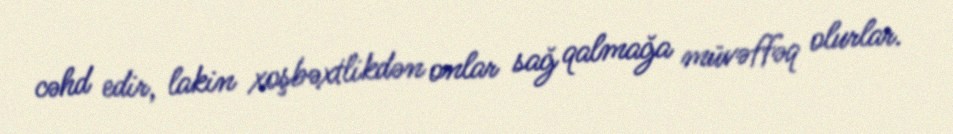
cəhd edir, lakin xoşbəxtlikdən onlar sağ qalmağa müvəffəq olurlar.